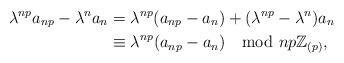
LaTeX: \begin{align*}\lambda^{np}a_{np}-\lambda^na_n&=\lambda^{np}(a_{np}-a_n)+(\lambda^{np}-\lambda^n)a_n\\&\equiv \lambda^{np}(a_{np}-a_n)\mod np\mathbb{Z}_{(p)},\end{align*}